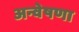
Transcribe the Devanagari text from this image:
अन्वेषणा